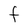
Character: F